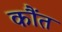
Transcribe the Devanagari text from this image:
कौंत